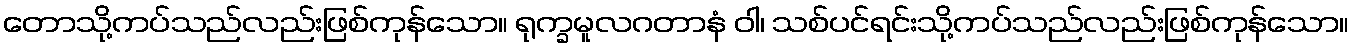
တောသို့ကပ်သည်လည်းဖြစ်ကုန်သော။ ရုက္ခမူလဂတာနံ ဝါ၊ သစ်ပင်ရင်းသို့ကပ်သည်လည်းဖြစ်ကုန်သော။